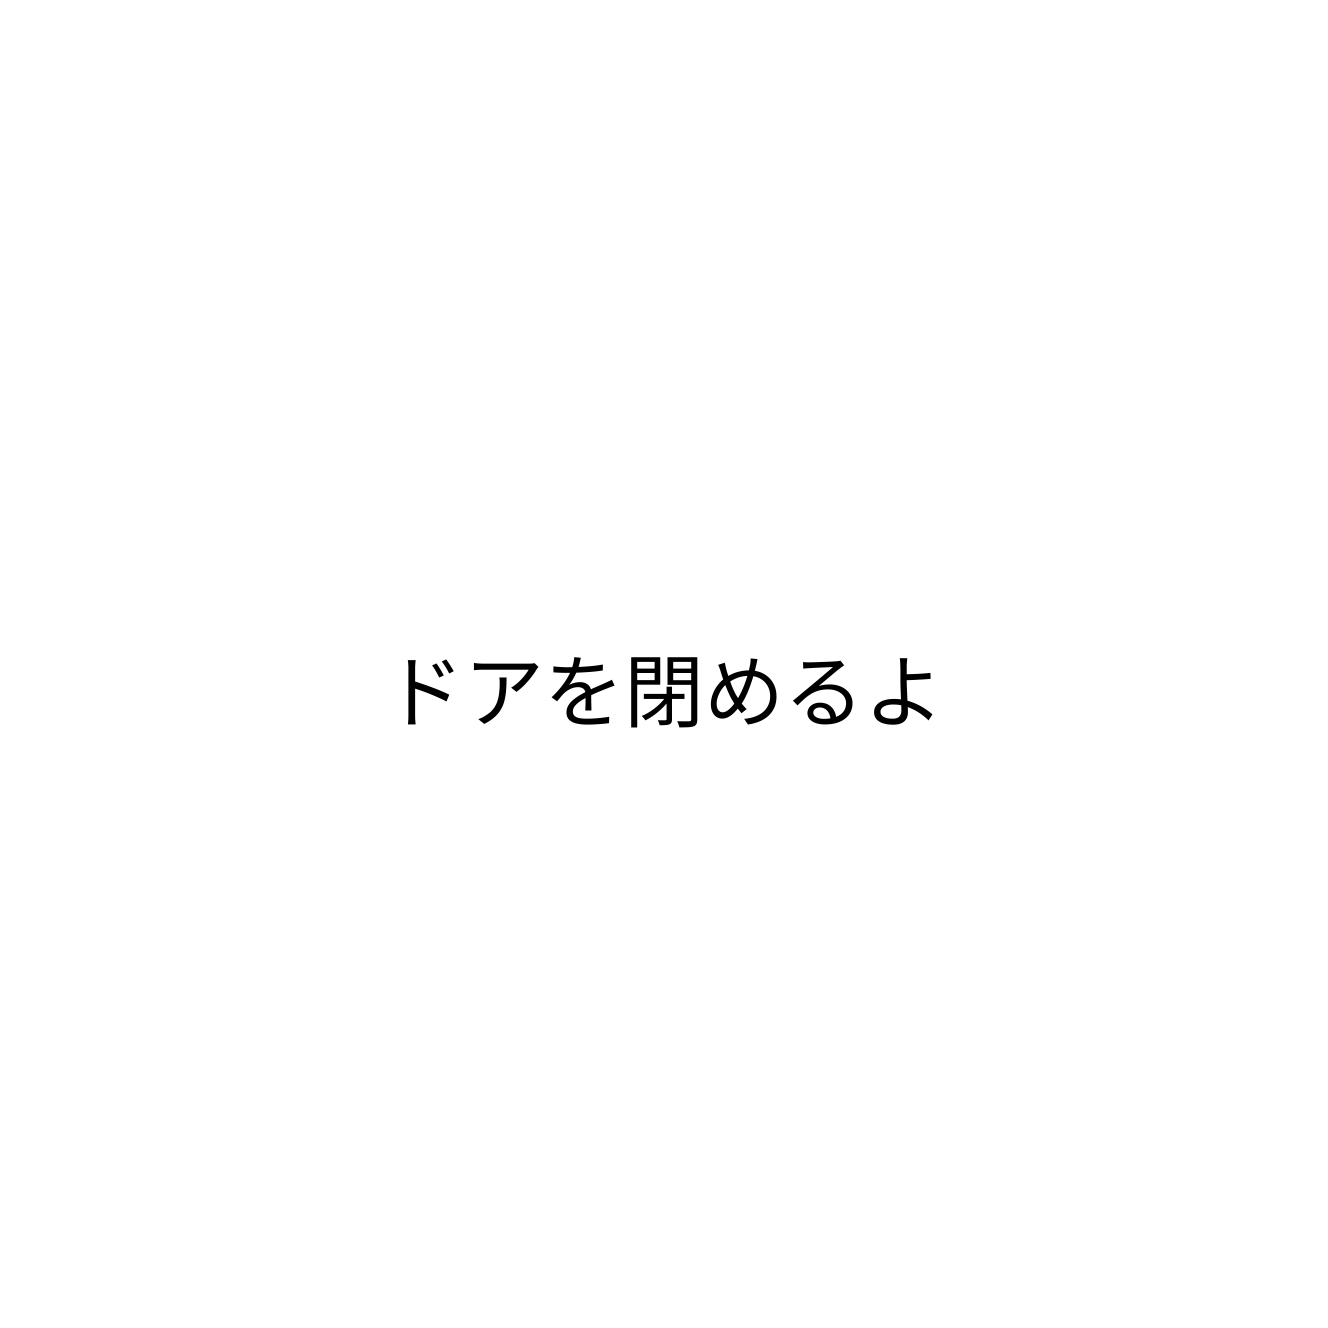
ドアを閉めるよ